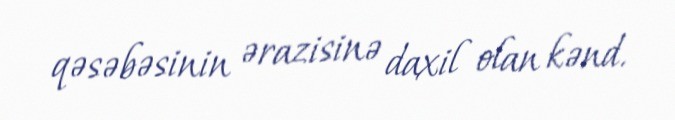
qəsəbəsinin ərazisinə daxil olan kənd.